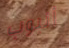
أنبوب